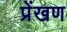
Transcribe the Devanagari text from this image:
प्रेंखण